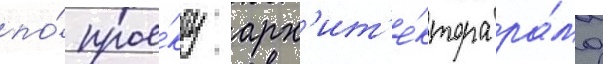
по́ прое́кту арх'ит'е́ктора ра́ма